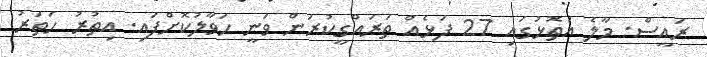
ރައީސް: މާލެ އަތޮޅުގައި 27 ފަޅެއް ތަރައްގީކުރަން ވަނީ ހަވާލުކޮށްފައި. އިތުރު ހަތަރު